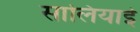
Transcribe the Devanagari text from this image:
सालियाई